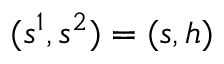
( s ^ { 1 } , s ^ { 2 } ) = ( s , h )